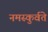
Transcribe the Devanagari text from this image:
नमस्कुर्वते